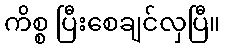
ကိစ္စ ပြီးစေချင်လှပြီ။